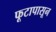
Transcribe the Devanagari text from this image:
फूटापासून